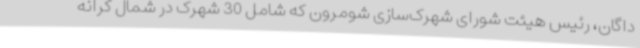
داگان، رئیس هیئت شورای شهرک‌سازی شومرون که شامل 30 شهرک در شمال کرانه